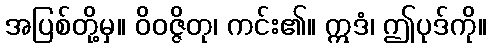
အပြစ်တို့မှ။ ဝိဝဇ္ဇိတု၊ ကင်း၏။ ဣဒံ၊ ဤပုဒ်ကို။